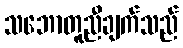
သဘောတူညီချက်သည်